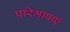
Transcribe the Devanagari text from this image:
परिभाषाऍं